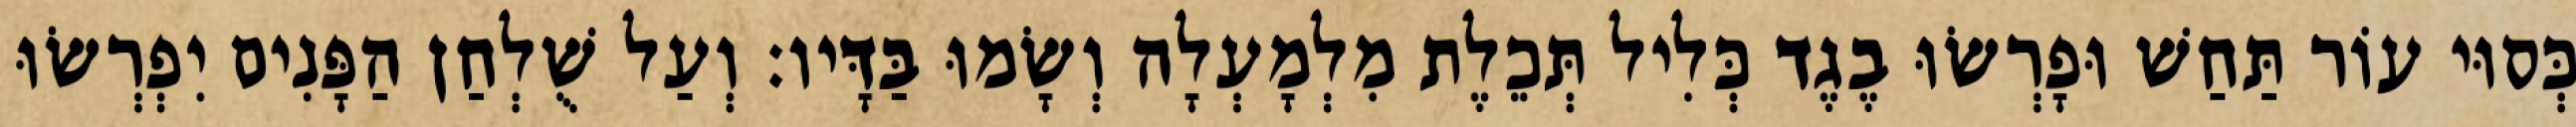
כְּסוּי עוֹר תַּחַשׁ וּפָרְשׂוּ בֶגֶד כְּלִיל תְּכֵלֶת מִלְמָעְלָה וְשָׂמוּ בַּדָּיו׃ וְעַל שֻׁלְחַן הַפָּנִים יִפְרְשׂוּ